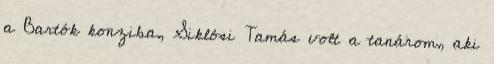
a Bartók konziba, Siklósi Tamás volt a tanárom, aki